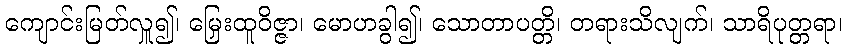
ကျောင်းမြတ်လှူ၍၊ မြှေးထူဝိဇ္ဇာ၊ မောဟခွါ၍၊ သောတာပတ္တိ၊ တရားသိလျက်၊ သာရိပုတ္တရာ၊